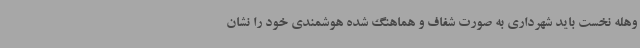
وهله نخست باید شهرداری به صورت شفاف و هماهنگ شده هوشمندی خود را نشان